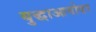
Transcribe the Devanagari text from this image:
युद्धाआगोदर